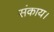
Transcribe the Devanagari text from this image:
संकाय।